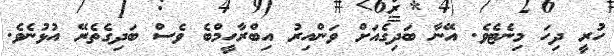
ހުރީ ދިހަ މިނެޓެވެ. އޭނާ ބަދިގެއަށް ވަންއިރު އިބްރާހީމްބެ ވެސް ބަދިގެތެރޭ އުޅުނެވެ.